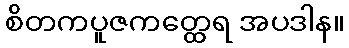
စိတကပူဇကတ္ထေရ အပဒါန။